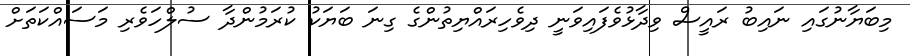
މިބަޔާނުގައި ނައިބު ރައީސް ވިދާޅުވެފައިވަނީ ދިވެހިރައްޔިތުންގެ ގިނަ ބަޔަކު ކުރަމުންދާ ސުލްހަވެރި މަސައްކަތަށް